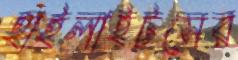
হাইলাইটসের